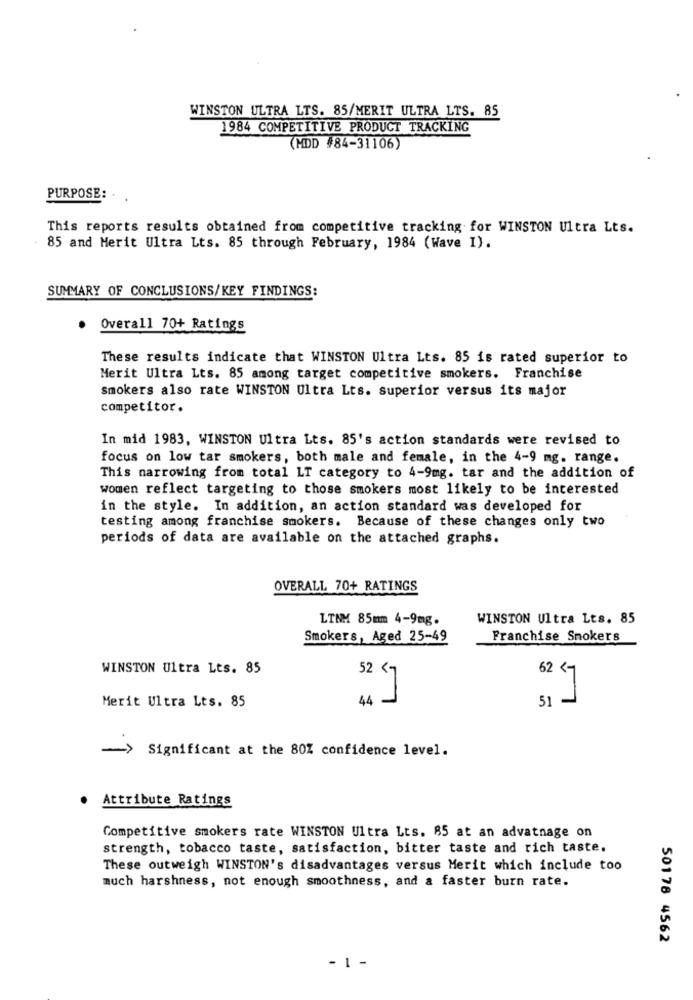
WINSTON ULTRA LTS. 85/MERIT ULTRA LTS. 85
1984 COMPETITIVE PRODUCT TRACKING
(MDD #84-31106)
PURPOSE:
This reports results obtained from competitive tracking for WINSTON Ultra Lts.
85 and Merit Ultra Lts. 85 through February, 1984 (Wave I).
SUMMARY OF CONCLUSIONS/KEY FINDINGS:
Overall 70+ Ratings
These results indicate that WINSTON Ultra Lts. 85 is rated superior to
Merit Ultra Lts. 85 among target competitive smokers. Franchise
smokers also rate WINSTON Ultra Lts. superior versus its major
competitor.
In mid 1983, WINSTON Ultra Lts. 85's action standards were revised to
focus on low tar smokers, both male and female, in the 4-9 mg. range.
This narrowing from total LT category to 4-9mg. tar and the addition of
women reflect targeting to those smokers most likely to be interested
in the style. In addition, an action standard was developed for
testing among franchise smokers. Because of these changes only two
periods of data are available on the attached graphs.
OVERALL 70+ RATINGS
LINM 85mm 4-9mg.
WINSTON Ultra Lts. 85
Smokers, Aged 25-49
Franchise Smokers
WINSTON Ultra Lts. 85
52 < 7
62 < 7
Merit Ultra Lts. 85
44
51
Significant at the 80% confidence level.
Attribute Ratings
Competitive smokers rate WINSTON Ultra Lts. 85 at an advatnage on
strength, tobacco taste, satisfaction, bitter taste and rich taste.
These outweigh WINSTON's disadvantages versus Merit which include too
much harshness, not enough smoothness, and a faster burn rate.
50178 4562
- 1 -